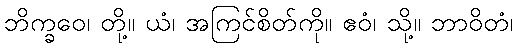
ဘိက္ခဝေ၊ တို့။ ယံ၊ အကြင်စိတ်ကို။ ဧဝံ၊ သို့။ ဘာဝိတံ၊